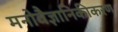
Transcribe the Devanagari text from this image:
मनोवैज्ञानिकीकरण